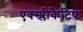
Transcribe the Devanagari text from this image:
एक्स्प्लीकैटिफ